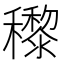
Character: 𥣵